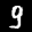
Label: 9